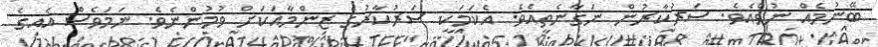
ބޭނުމެއް ނުވެއެވެ. ސަރުކާރުން ނަގާނެތީއެވެ. އެކަމަކީ ސަރުކާރުގެ ޒިންމާއަކަށް ވުމުންނެވެ. ނަމަވެސް އެއިގެ